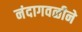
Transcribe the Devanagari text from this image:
नंदागवळीने